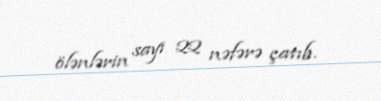
ölənlərin sayı 22 nəfərə çatıb.